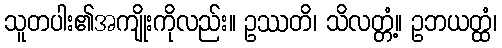
သူတပါး၏အကျိုးကိုလည်း။ ဥဿတိ၊ သိလတ္တံ့။ ဥဘယတ္ထံ၊